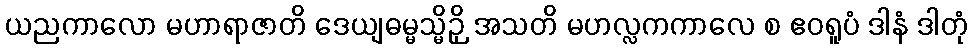
ယညကာလော မဟာရာဇာတိ ဒေယျဓမ္မသ္မိဉှိ အသတိ မဟလ္လကကာလေ စ ဧဝရူပံ ဒါနံ ဒါတုံ